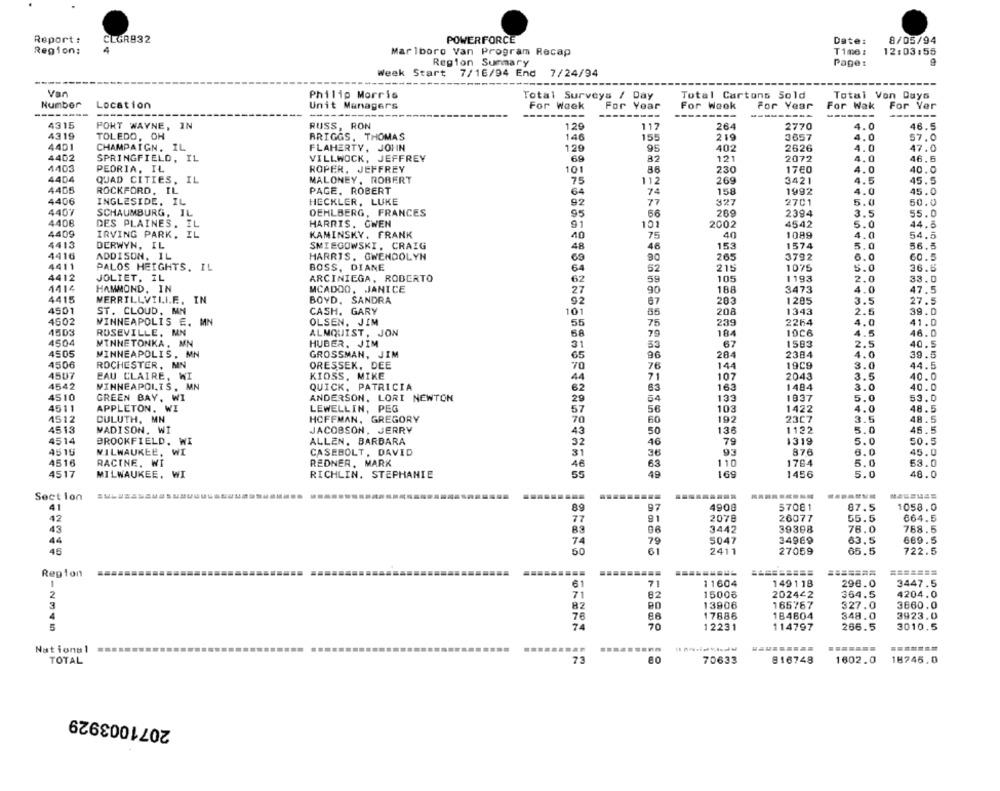
Report:
CLGR832
POWERFORCE
Date:
8/05/94
Region:
4
Marlboro Van Program Recap
Time :
12:03:55
Region Summary
Page:
9
Week Start
7/24/94
7/16/94 End
Van
Philip Morris
Total Surveys / Day
Total Cartons Sold
Total Von Duys
Number
For Week
Location
Unit Managers
For Year
For Weok
For Year
For Wak
For Ver
----
-----
---
----
---
4315
PORT WAYNE, IN
RUSS, RON
120
117
264
2770
4.0
46.5
4319
TOLEDO, OH
BRIGGS, THOMAS
146
155
219
3657
4.0
57.0
4401
CHAMPAIGN. IL
FLAHERTY, JOHN
1,29
95
402
2626
4.0
47.0
4402
SPRINGFIELD, IL
VILLWOCK, JEFFREY
69
82
121
2072
4.0
46.5
4403
PEORIA, IL
ROPER, JEFFREY
101
230
17€0
4.0
40.0
4404
QUAD CITIES, IL
MALONEY, ROBERT
75
112
269
3421
4.5
45.5
4405
ROCKFORD, IL
PAGE, ROBERT
74
158
1992
4.0
45.0
64
4406
INGLESIDE. IL
HECKLER, LUKE
92
77
327
2701
5.0
50.0
4407
SCHAUMBURG, IL
DEHLBERG, FRANCES
95
66
289
2394
3.5
55.0
4408
DES PLAINES. IL
HARRIS. GWEN
91
101
2002
4542
5.0
44.5
4409
IRVING PARK, IL
KAMINSKY. FRANK
40
75
40
1089
4.0
54.5
4413
DERWYN, IL
SMIEGOWSKI, CRAIG
46
153
1574
5.0
56.5
48
4416
ADDISON, IL
HARRIS, GWENDOLYN
69
90
265
3792
6.0
60.5
4411
PALOS HEIGHTS, IL
BOSS, DIANE
64
52
215
1075
5.0
36.6
4412
JOLIET. IL
ARCINIEGA, ROBERTO
105
1193
2.0
33.0
62
59
1112
HAMMOND, IN
MCADOO, JANICE
27
90
188
3473
4.0
47.5
4415
MERRILLVILLE. IN
BOYD, SANDRA
67
283
1285
3.5
27.5
92
4501
ST. CLOUD, MN
CASH, GARY
101
85
208
1343
2.5
39.0
4602
MINNEAPOLIS E. MN
OLSEN, JIM
55
75
239
2264
4.0
41.0
4503
ROSEVILLE, MN
ALMQUIST, JON
68
79
184
19C6
4.5
46.0
4504
MINNETONKA, MN
HUBER. JIM
31
53
67
1593
2.5
40.5
4505
MINNEAPOLIS, MN
GROSSMAN, JIM
65
96
284
2384
4.0
39.5
4506
ROCHESTER, MN
ORESSEK. DEE
144
19C9
3.0
44.5
70
76
4507
EAU CLAIRE, WI
KIOSS, MIKE
44
71
107
2043
3.5
40.0
4542
MINNEAPOLIS, MN
QUICK. PATRICIA
62
63
163
1494
3.0
40.0
133
4510
GREEN BAY, WI
ANDERSON, LORI NEWTON
29
54
1937
5.0
53.0
4511
APPLETON. WI
LEWELLIN, PEG
57
56
103
1422
4.0
48.5
1512
DULUTH, MN
HOFFMAN, GREGORY
60
192
23C7
3.5
48.5
70
45.5
4513
MADISON, WI
JACOBSON, JERRY
43
50
136
1122
5.0
4514
BROOKFIELD. WI
ALLEN. BARBARA
32
46
79
1319
5.0
50.5
4515
MILWAUKEE, WI
CASEBOLT, DAVID
93
876
6.0
45.0
31
36
4516
RACINE, WI
REDNER, MARK
46
63
110
1764
5.0
53.0
4517
MILWAUKEE, WI
RICHLIN. STEPHANIE
55
49
169
1456
5.0
48.0
Sect lon
97
4908
57081
87.5
1058.0
41
89
42
77
91
2078
26077
55.5
664.5
43
83
06
3442
39308
76.0
768.5
34969
689.5
44
74
79
5047
63.5
45
50
61
2411
27059
65.5
722.5
=======
=======
Region
1
61
71
11604
149118
296.0
3447.5
2
71
82
15006
202442
364.5
4204.0
3
82
13906
165767
327.0
3660.0
4
76
86
17886
184604
348.0
3923.0
74
70
12231
266.5
114797
3010.5
National
........
TOTAL
73
80
70633
816748
1602.0
18745.0
2071003929